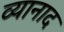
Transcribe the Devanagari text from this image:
व्यानाद